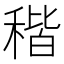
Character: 稭